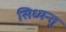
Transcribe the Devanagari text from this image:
सिध्यन्तु